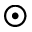
\odot